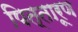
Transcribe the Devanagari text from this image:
पित्तारूण